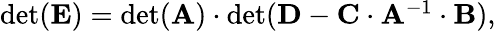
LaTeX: \begin{array}{r}{\mathrm{det}(\mathbf{E})=\mathrm{det}(\mathbf{A})\cdot\mathrm{det}(\mathbf{D}-\mathbf{C}\cdot\mathbf{A}^{-1}\cdot\mathbf{B}),}\end{array}